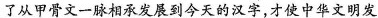
了从甲骨文一脉相承发展到今天的汉字，才使中华文明发